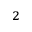
^ 2